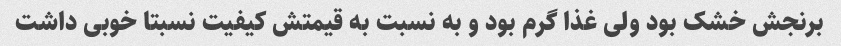
برنجش خشک بود ولی غذا گرم بود و به نسبت به قیمتش کیفیت نسبتا خوبی داشت